38_143685_box7_Incident_Summaries_1-100
Agency: Department of War
Page 53
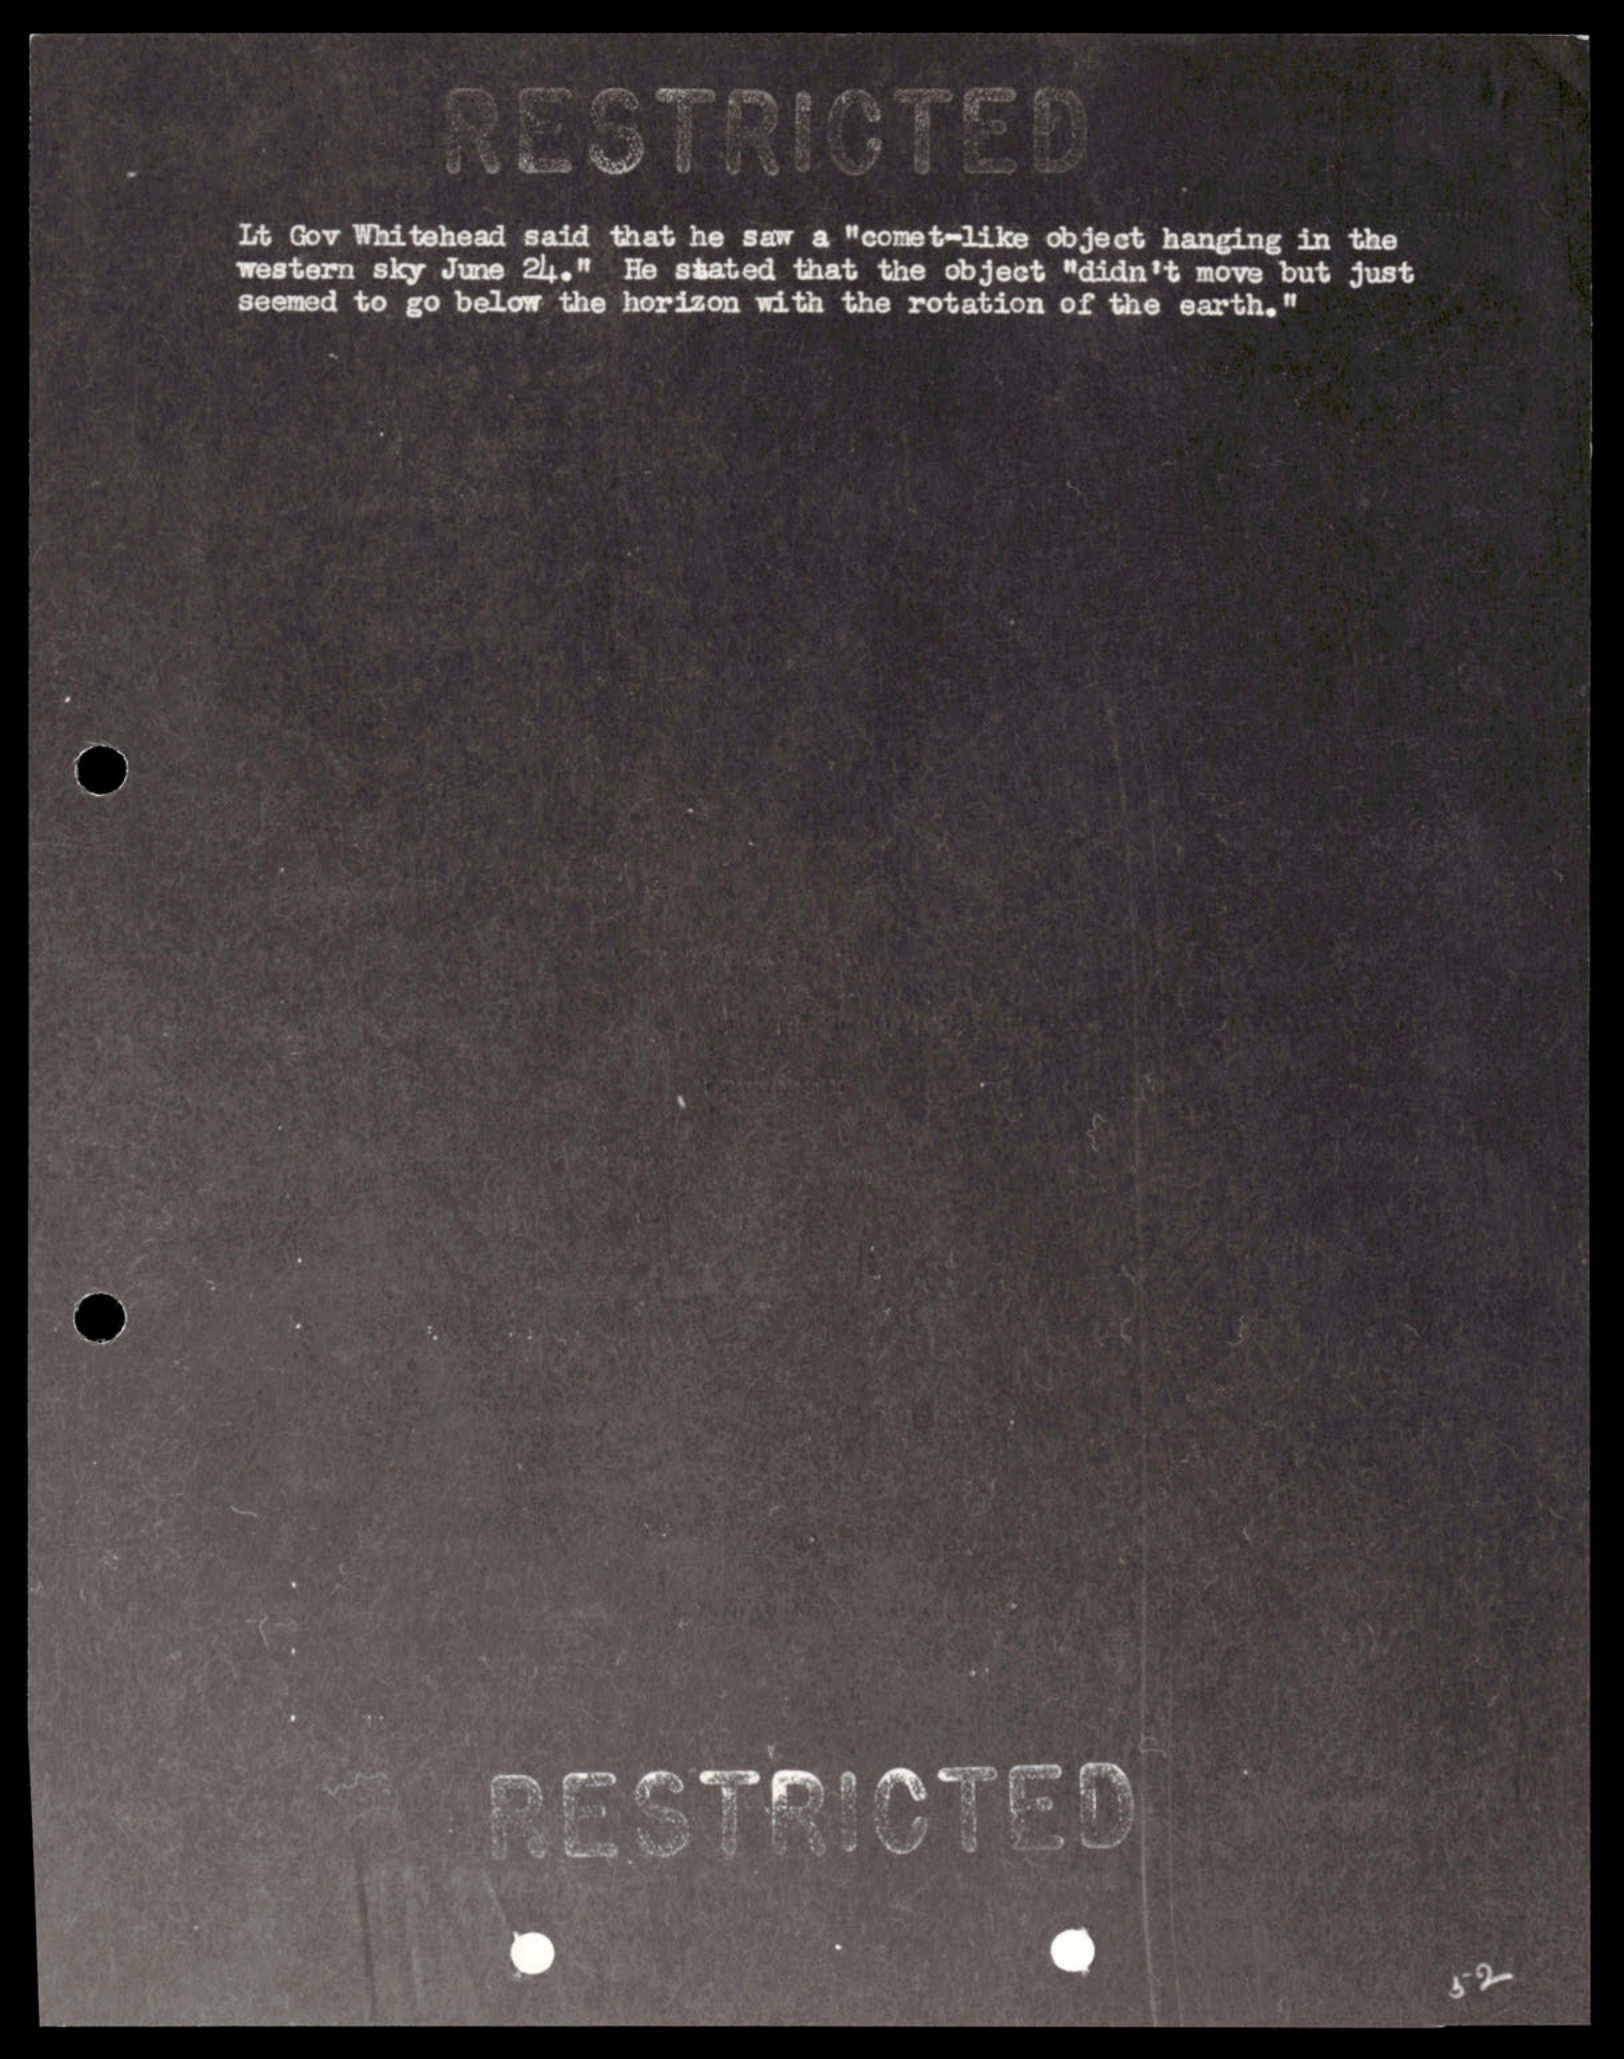